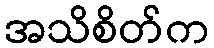
အသိစိတ်က